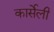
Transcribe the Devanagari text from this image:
कार्सेली